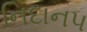
નિદાન૫